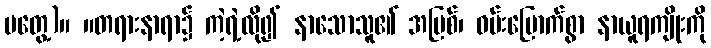
မတွေ့)။ ။တရားနာရာ၌ ကဲ့ရဲ့လို၍ နာသောသူ၏ အပြစ်၊ ဝမ်းမြောက်စွာ နာယူရကျိုးကို